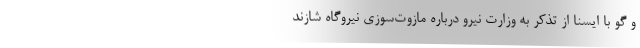
و گو با ایسنا از تذکر به وزارت نیرو درباره مازوت‌سوزی نیروگاه شازند